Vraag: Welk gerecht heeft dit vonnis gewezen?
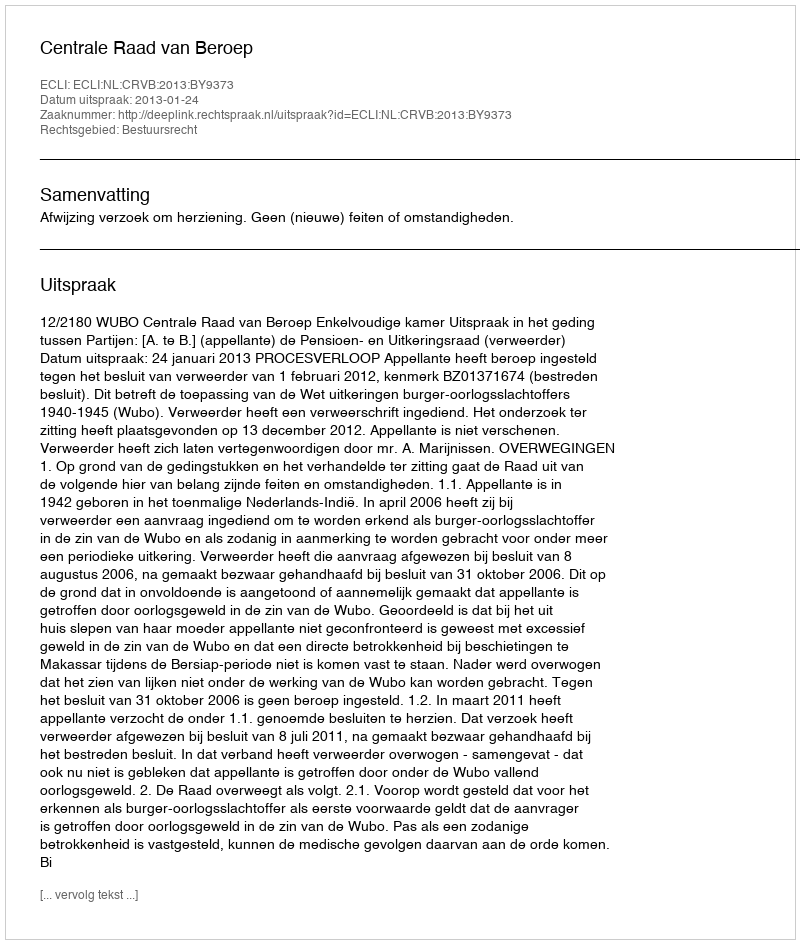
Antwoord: Centrale Raad van Beroep